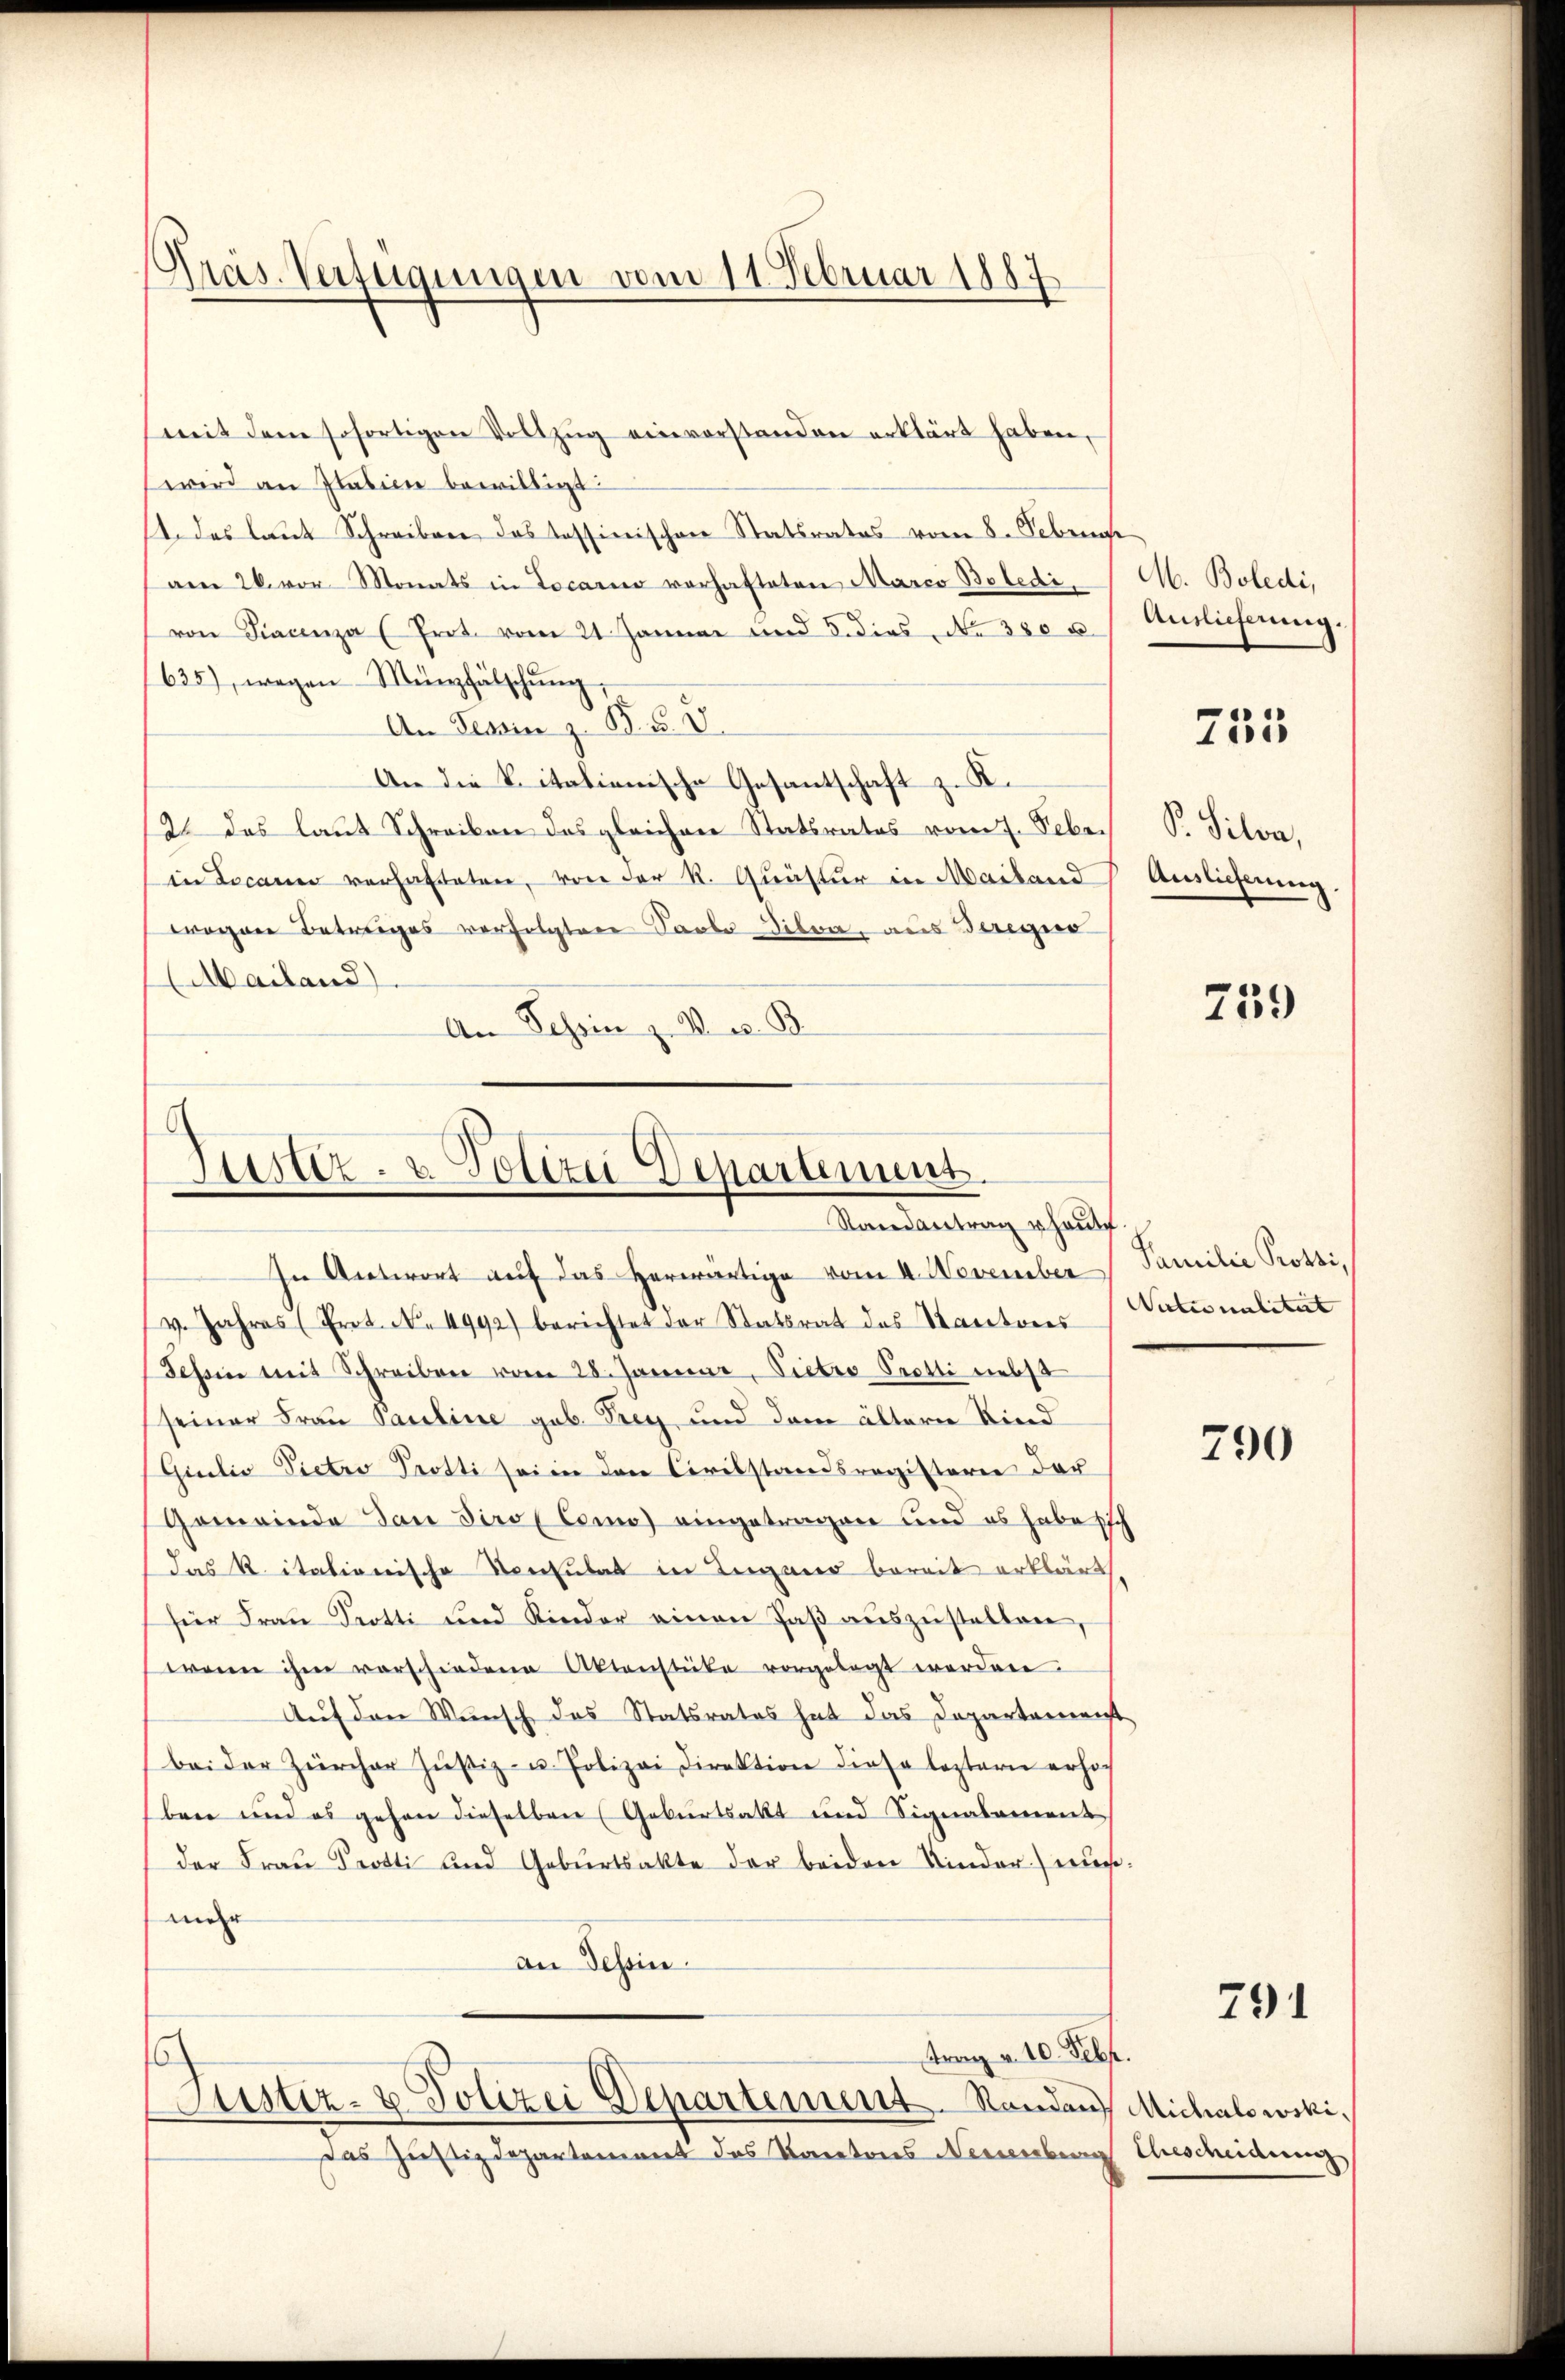
Präs. Verfügungen vom 11. Februar 1887

(mit dem sofortigen Vollzŭg einvorstanden erklärt haben,
wird an Italien bewilligt
14. des laut Schreiben das Tessinischen Statsrates vom 8. Februar
am 26. vor Monats in Locarno vorhafteten Marco Beledivon Fiacenza (Prot. vom 21. Januar und 5. dies No 380 u.
635), wegen Münzfälschŭng,
An Tessin z. B. F. V.
An die vitationische Gesantschaft z. K.
2 das laut Schreiben des gleichen Statsrates vom 7. Febr.
in Locaner verhafteten, von der R. Quäster in Mailand
wogen Betrages verfolgten Saale Dilen, aus Beregier
Mailand)
An Schin z. B. e. B

Justiz- u. Polizei Departement.
Randantrag haute

In Antwort auf das herwärtige vom 4. November Familie Protziv. Jahres (Frot. N. 4992) berichtet der Statsrat des Kantons
Tessin mit Schreiben vom 28. Januar, Vietro Pretti liebst
seiner Frau Pauline geb. Frey, und dem ältern Rind
Qulis Pietro Protti sei in den Civilstandsregisterie der
Gemeinde dan diro (Como eingetragen und es habe sich
das K. itationische Versulat in Lugano bereit erklärt
für Frau Trotti und Kinder einen Paß auszustellen,
wenn ihm vorschiedene Aktenstücke vorgelegt werden.
Auf den Wunsch das Statsrates hat das Departemenst
bei der Zürcher Zŭstiz- u. Polizei Direktion diese leztern erhöch
(bene und es gehen dieselben (Geburtsakt und Signalement
der Frau Protti und Geburtsakte der beiden Kinder) wurmehr
an Tessin.
Frag v. 10. Febr.

Justiz- & Polizei Departement. Randen Michalowcki,

das Justizdepartement des Kantons Neuenburg Ehescheidung

M. Boledi,
Auslieferung.

755

P. Silva,
Auslieferung.

759

Naturalität

790

791